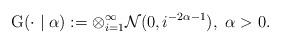
LaTeX: \begin{align*}\mathrm{G} ( \cdot \mid \alpha ) := \otimes_{i=1}^{\infty} \mathcal{N} ( 0 , i^{-2\alpha-1} ), \ \alpha>0.\end{align*}